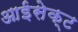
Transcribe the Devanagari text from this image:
आईसेक्ट